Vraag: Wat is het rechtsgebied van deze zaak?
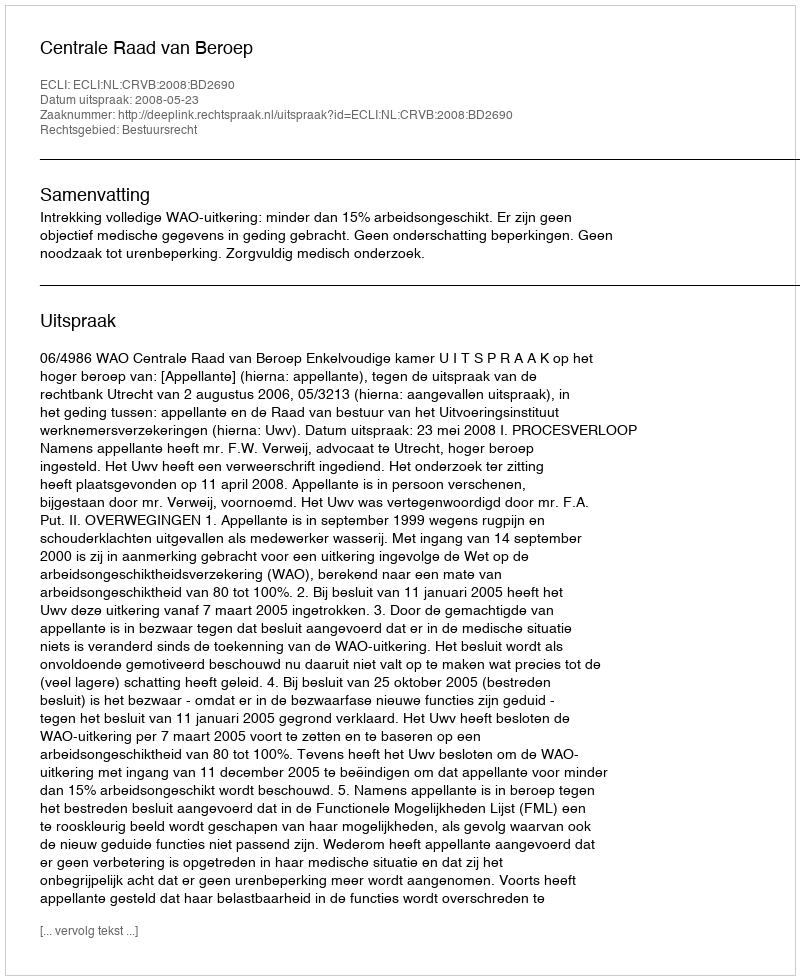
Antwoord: Bestuursrecht